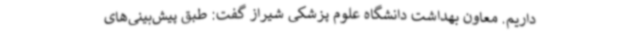
داریم. معاون بهداشت دانشگاه علوم پزشکی شیراز گفت: طبق پیش‌بینی‌های